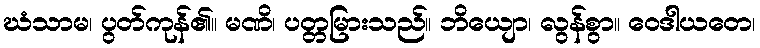
ဃံသာမ၊ ပွတ်ကုန်၏။ မဏိ၊ ပတ္တမြားသည်။ ဘိယျော၊ လွန်စွာ။ ဝေဒါယတေ၊